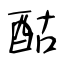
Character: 酤